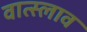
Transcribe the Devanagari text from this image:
वात्स्लाव